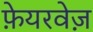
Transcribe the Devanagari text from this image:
फ़ेयरवेज़